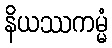
နိယဿကမ္မံ